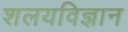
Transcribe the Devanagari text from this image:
शलयविज्ञान